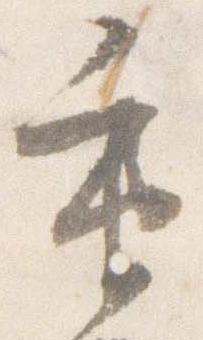
重